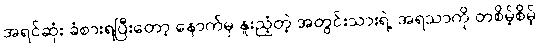
အရင်ဆုံး ခံစားရပြီးတော့ နောက်မှ နူးညံ့တဲ့ အတွင်းသားရဲ့ အရသာကို တစိမ့်စိမ့်